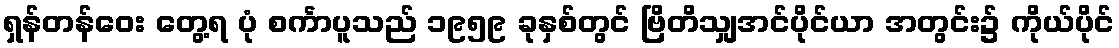
ရှန်တန်ဝေး တွေ့ရ ပုံ စင်္ကာပူသည် ၁၉၅၉ ခုနှစ်တွင် ဗြိတိသျှအင်ပိုင်ယာ အတွင်း၌ ကိုယ်ပိုင်